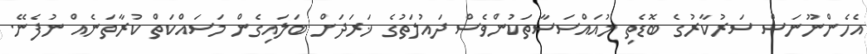
އެހެންނޫނަސް ސަރުކާރުގެ ބޮޑެތި މުއައްސަސާތަކުންވެސް ދައުލަތުގެ ޚަރަދަށް ބަލައިގެން މަސައްކަތް ކުރާތަނެއް ނުފެނޭ.